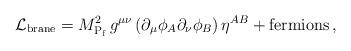
LaTeX: \begin{align*}{\cal L}_{\rm brane} =M_{{\rm P}_{\rm f}}^2\, g^{\mu\nu}\left(\partial_{\mu}\phi_A\partial_{\nu}\phi_B \right) \eta^{AB} +\mbox{fermions}\, ,\end{align*}